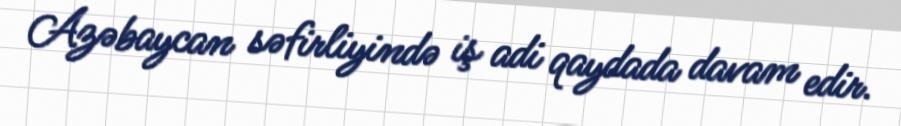
Azəbaycan səfirliyində iş adi qaydada davam edir.